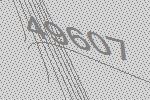
49607